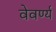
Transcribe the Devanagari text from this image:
वेवर्ण्य